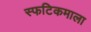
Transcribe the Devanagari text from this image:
स्फटिकमाला